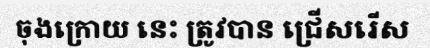
ចុងក្រោយ នេះ ត្រូវបាន ជ្រើសរើស